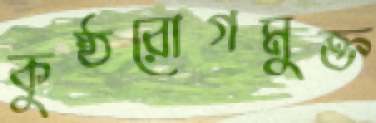
কুষ্ঠরোগমুক্ত